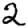
Digit: 2